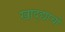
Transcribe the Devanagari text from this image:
खाद्द्याची